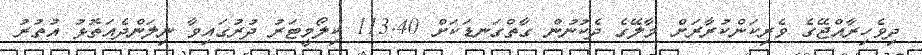
ދިވެހިރާއްޖޭގެ ވެރިކަންކުރާރަށް މާލޭގެ ދެކުނުން ގާތްގަނޑަކަށް 113.40 ކިލޯމީޓަރު ދުރުގައިވާ ނިލަންދެއަތޮޅު އުތުރު